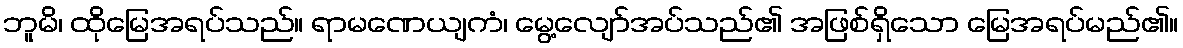
ဘူမိ၊ ထိုမြေအရပ်သည်။ ရာမဏေယျကံ၊ မွေ့လျော်အပ်သည်၏ အဖြစ်ရှိသော မြေအရပ်မည်၏။